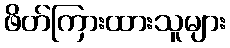
ဖိတ်ကြားထားသူများ